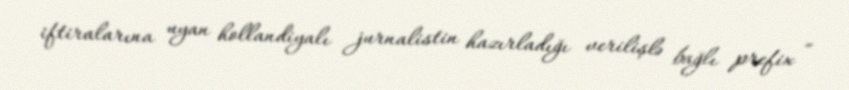
iftiralarına uyan hollandiyalı jurnalistin hazırladığı verilişlə bağlı prefix =